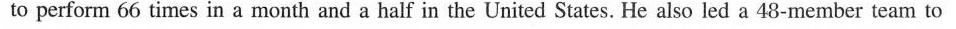
to perform 66 times in a month and a half in the United States. He also led a 48-member team to